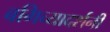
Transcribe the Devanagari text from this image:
बगिच्यादर्शनी